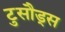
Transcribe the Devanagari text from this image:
टुसौड्स